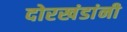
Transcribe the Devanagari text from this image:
दोरखंडांनी